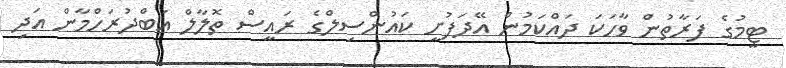
ޓީމުގެ ފަރާތުން ވާހަކަ ދައްކަމުން އޭދަފުށީ ކައުންސިލްގެ ރައީސް ތޮލާލް އަބްދުރަހްމާން އަދި